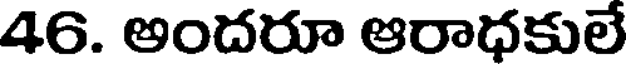
46. అందరూ ఆరాధకులే